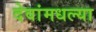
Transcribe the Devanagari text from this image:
देवांमधल्या